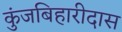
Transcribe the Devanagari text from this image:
कुंजबिहारीदास